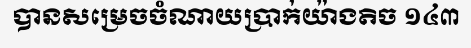
បានសម្រេចចំណាយប្រាក់យ៉ាងតិច ១៤៣